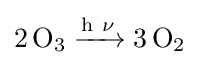
{2\,\mathrm {O} {\vphantom {A}}_{\smash[{t}]{3}}{}\mathrel {\xrightarrow {\mathrm {h} ~\mathrm {\nu } } } {}3\,\mathrm {O} {\vphantom {A}}_{\smash[{t}]{2}}}